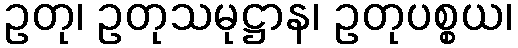
ဥတု၊ ဥတုသမုဋ္ဌာန၊ ဥတုပစ္စယ၊